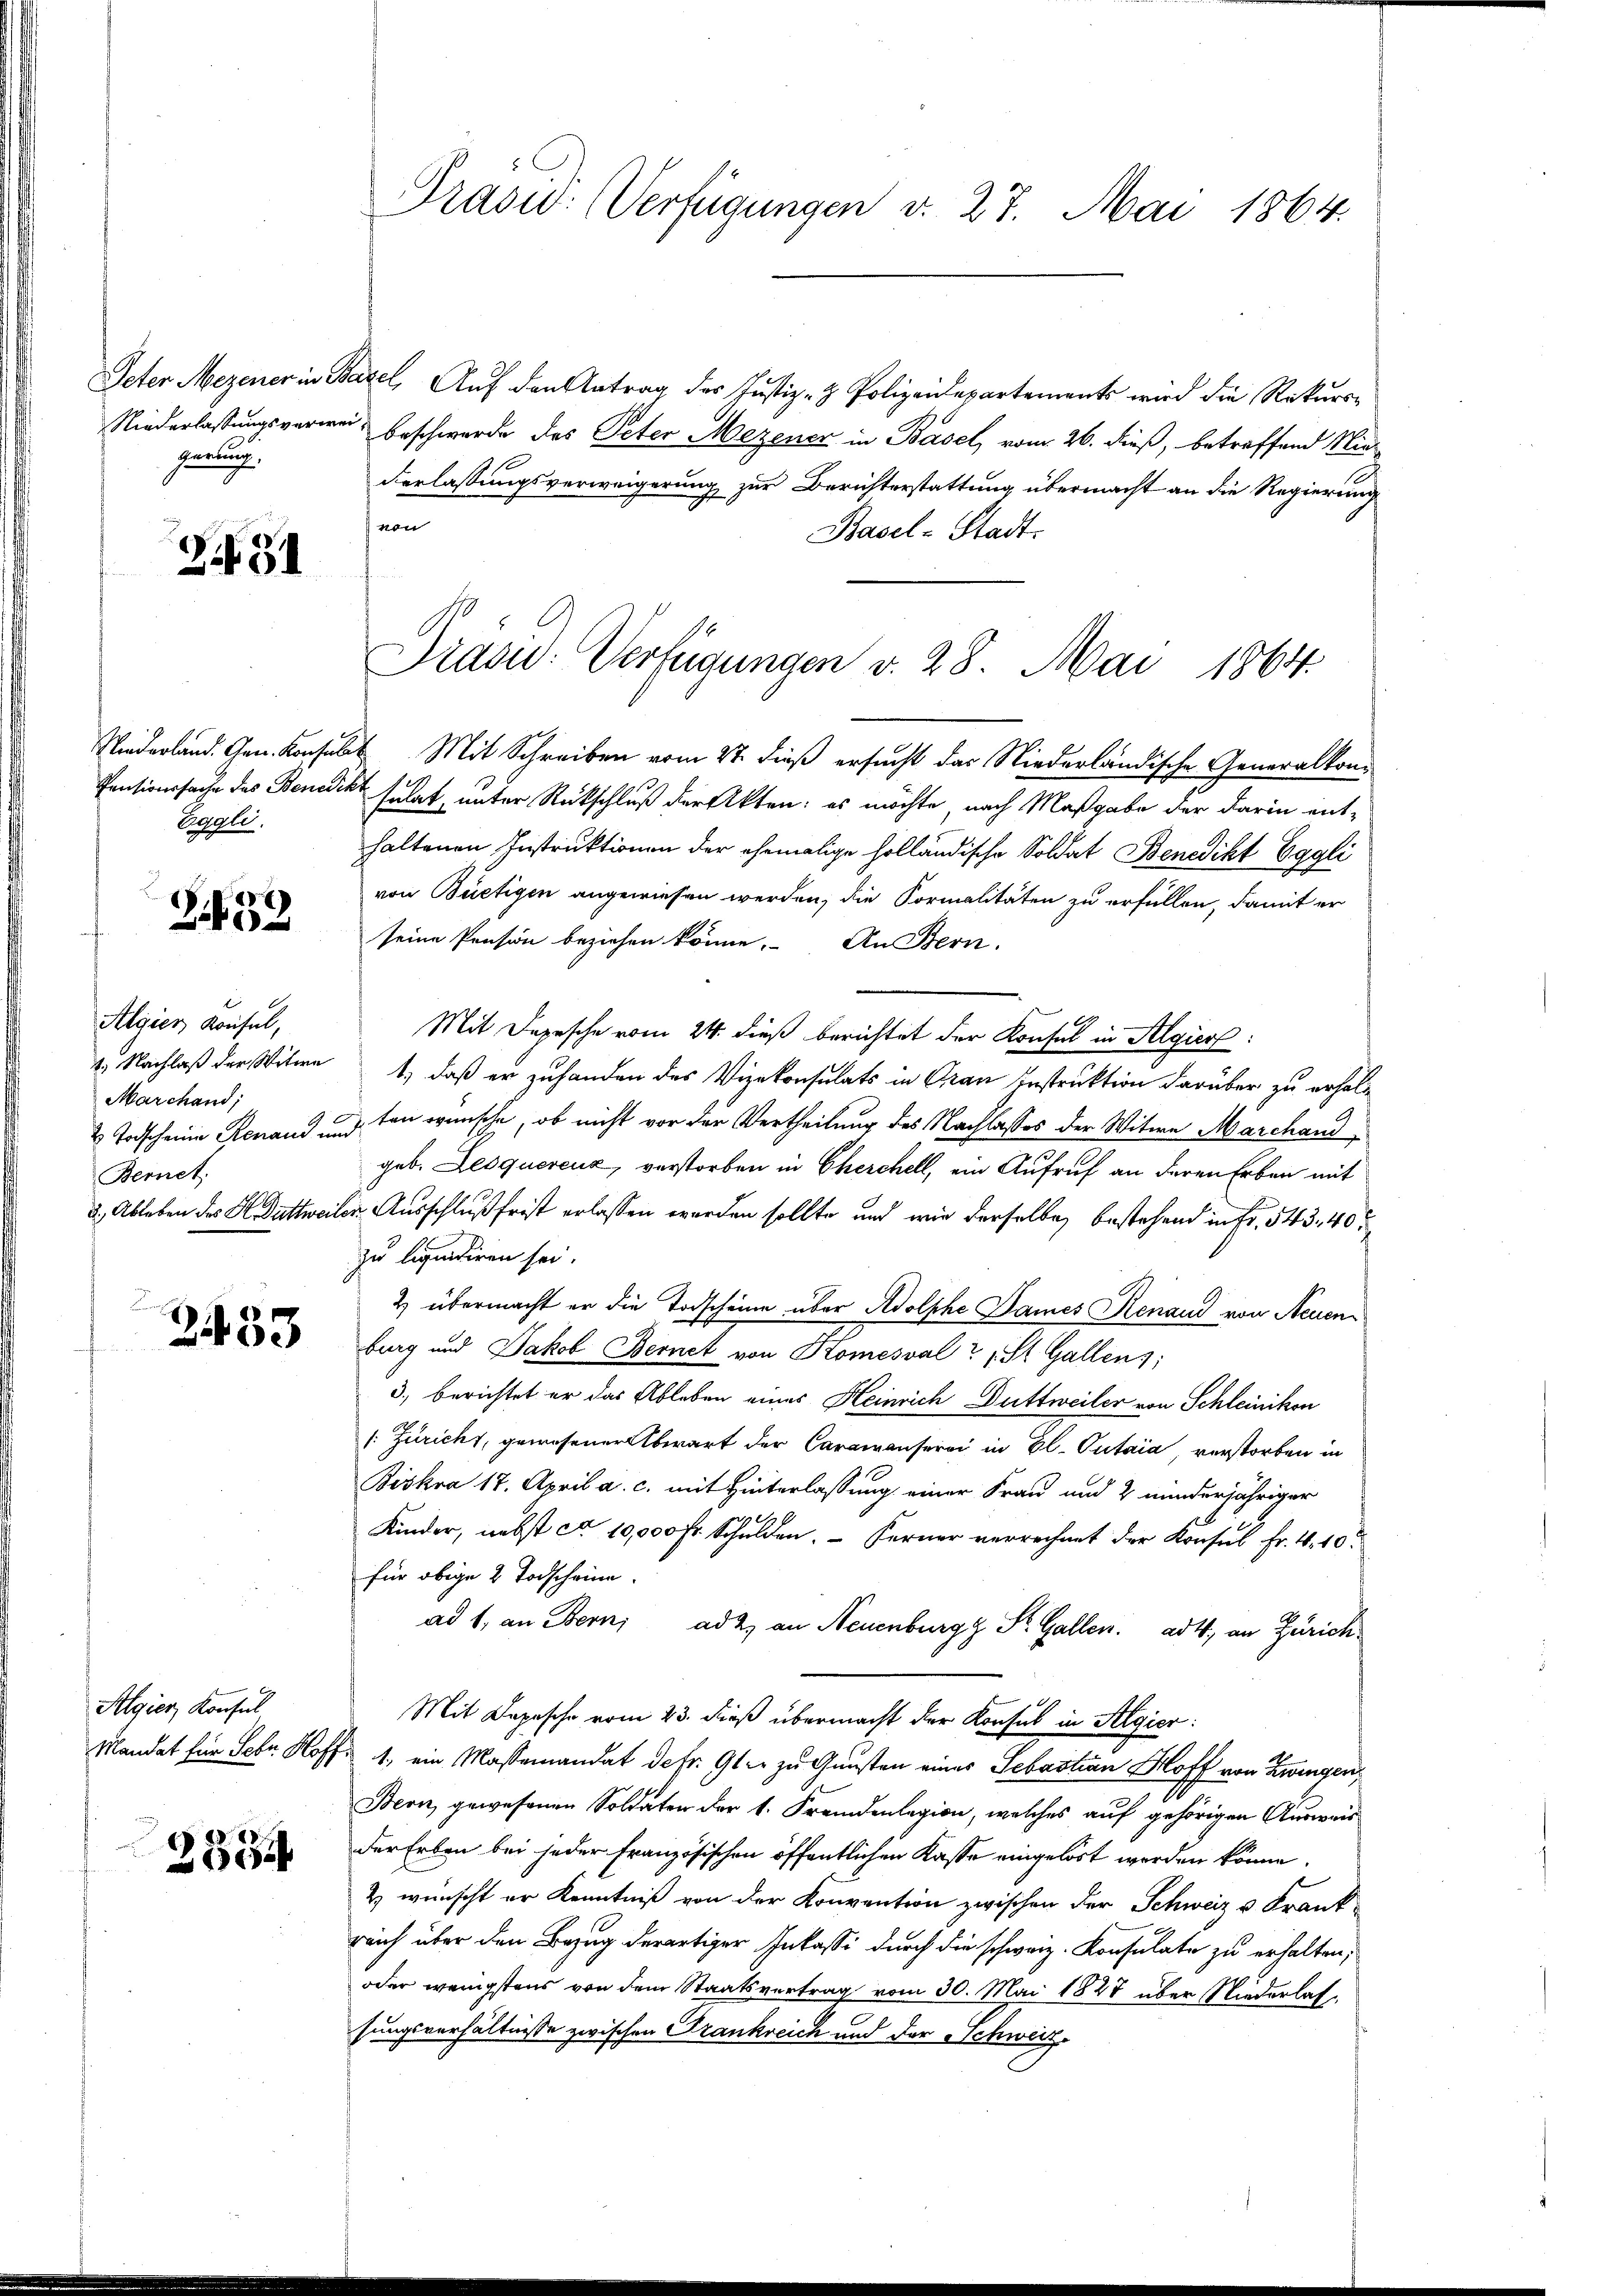
gierung

Z 51

Ereale.

Z.59

Algier Konsul,
41. Nachlaß der Witwe
Marchand;

& Todscheine Renaud und
Bernet.

n
2433

Algier, Konsul
Mandat für Sohn Hor

2334

Prasw: Verfügungen v. 27. Mai 1864.

Peter Mezener in Basel, Aŭf den Antrag des Justiz- & Polizeidepartements wird die Rekurs-
Niederlassungsverwei beschwerde des Peter Mezener in Basel, vom 26. dieß, betreffend Nid-
derlassungsverweigerung zur Berichterstattung übermacht an die Regierung
von
Basel-Stadt.
Wiederland. Gen. Konsult Mit Schreiben vom 27. dieß ersucht das Niederländische Generalkon¬
Pensionssache des Benedikt schet, unter Rückschluß der Akten: es möchte, nach Maßgabe der darin ent-
haltenen Instruktionen der ehemalige holländische Soldat Benedikt Eggli
von Büetigen angewiesen werden, die Formalitäten zu erfüllen, damit er
seine Pension beziehen könne. An Bern,
Mit Depesche vom 24. dieß berichtet der Konsul in Algier
1., daß er zu handen des Vizekonsulats in Grau Instruktion darüber zu erhalten wünsche, ob nicht vor der Vertheilung des Nachlasses der Witwe Marchand
geb. Leoquerenz, verstorben in Cherchell, ein Aufruf an deren Erben mit
2.) Ableben des H. Duttweiler Ausschluß frist erlassen werden sollte, und wie derselbe bestehend in Fr. 543. 40
zu liquidiren sei.
2) übermacht er die Todscheine über Adolphe Dames Renaud von Neuenburg und Jakob Bernet von Komesval 1 St. Gallen;
3.) berichtet er das Ableben eines Heinrich Duttweiler von Schleinikon
/: Züricht, gewesener Abwart der Caramanservi in El. Putaia verstorben in
Biskra 17. April a. c. mit Hinterlassung einer Frau und 2 minderjähriger
Kinder, nebst ca 10,000 fr. Schulden. Ferner verrechnet der Konsul Fr. 4. 10
für obige 2 Todscheine.
ad 1, an Bern, ad 2, an Neuenburg, St. Gallen. ad 4, an Zürich¬
Mit Depesche vom 23. dieß übermacht der Konsul in Algier:
Fr 1, ein Massemandat de fr. 9ter zu Gunsten einer Sebastian Hoff von Zwingen,
Bern, gewesenen Soldaten der 1. Fremdenlegion, welches auf gehörigen Ausweis
der Erben bei jeder Französischen öffentlichen Kasse eingelöst werden könne.
& wünscht er Kenntniß von der Konvention zwischen der Schweiz u. Frank-
reich über den Bezug derartiger Inkassi durch die schweiz. Konsulate zu erhalten,
oder wenigstens von dem Staatsvertrag vom 30. Mai 1848 über Niederlassungsverhältnisse zwischen Frankreich und der Schweiz.

Präsid. Verfügungen v. 28. Mai 1864.